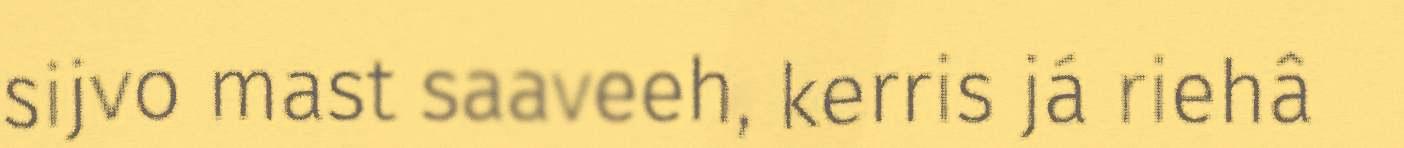
sijvo mast saaveeh, kerris já riehâ